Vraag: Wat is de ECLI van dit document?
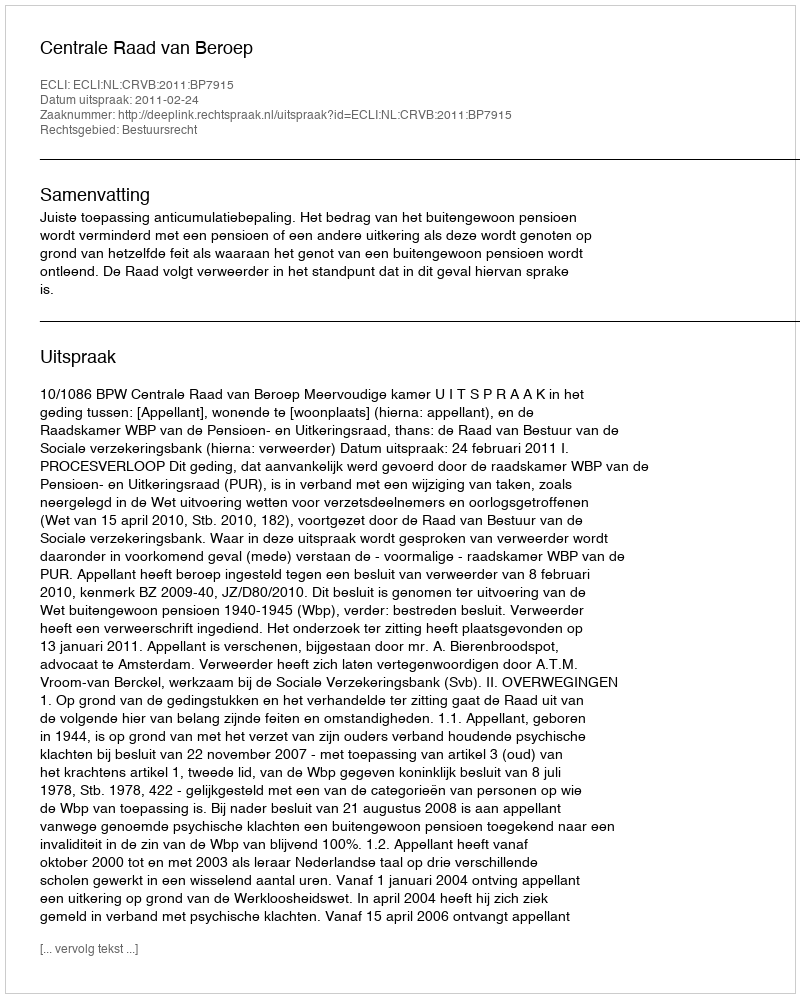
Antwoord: ECLI:NL:CRVB:2011:BP7915